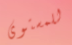
للمستوى